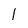
Character: 1